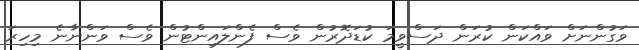
ވަގުންނަށް ވައްކަން ކުރަން ދަސްވީމަ ކުޑަދޮރުން ވެސް ފެންލައިންޓުން ވެސް ވަންނާނެ މިހިރަ